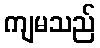
ကျမသည်